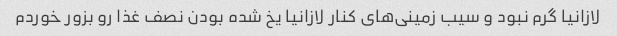
لازانیا گرم نبود و سیب زمینی‌های کنار لازانیا یخ شده بودن نصف غذا رو بزور خوردم